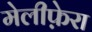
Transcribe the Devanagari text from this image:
मेलीफ़ेरा